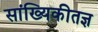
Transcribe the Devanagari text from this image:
सांख्यिकीतज्ञ